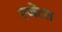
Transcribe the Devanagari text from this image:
एजेंटस